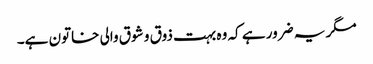
مگر یہ ضرور ہے کہ وہ بہت ذوق و شوق والی خاتون ہے۔